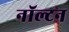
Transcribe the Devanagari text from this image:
नॉल्टन